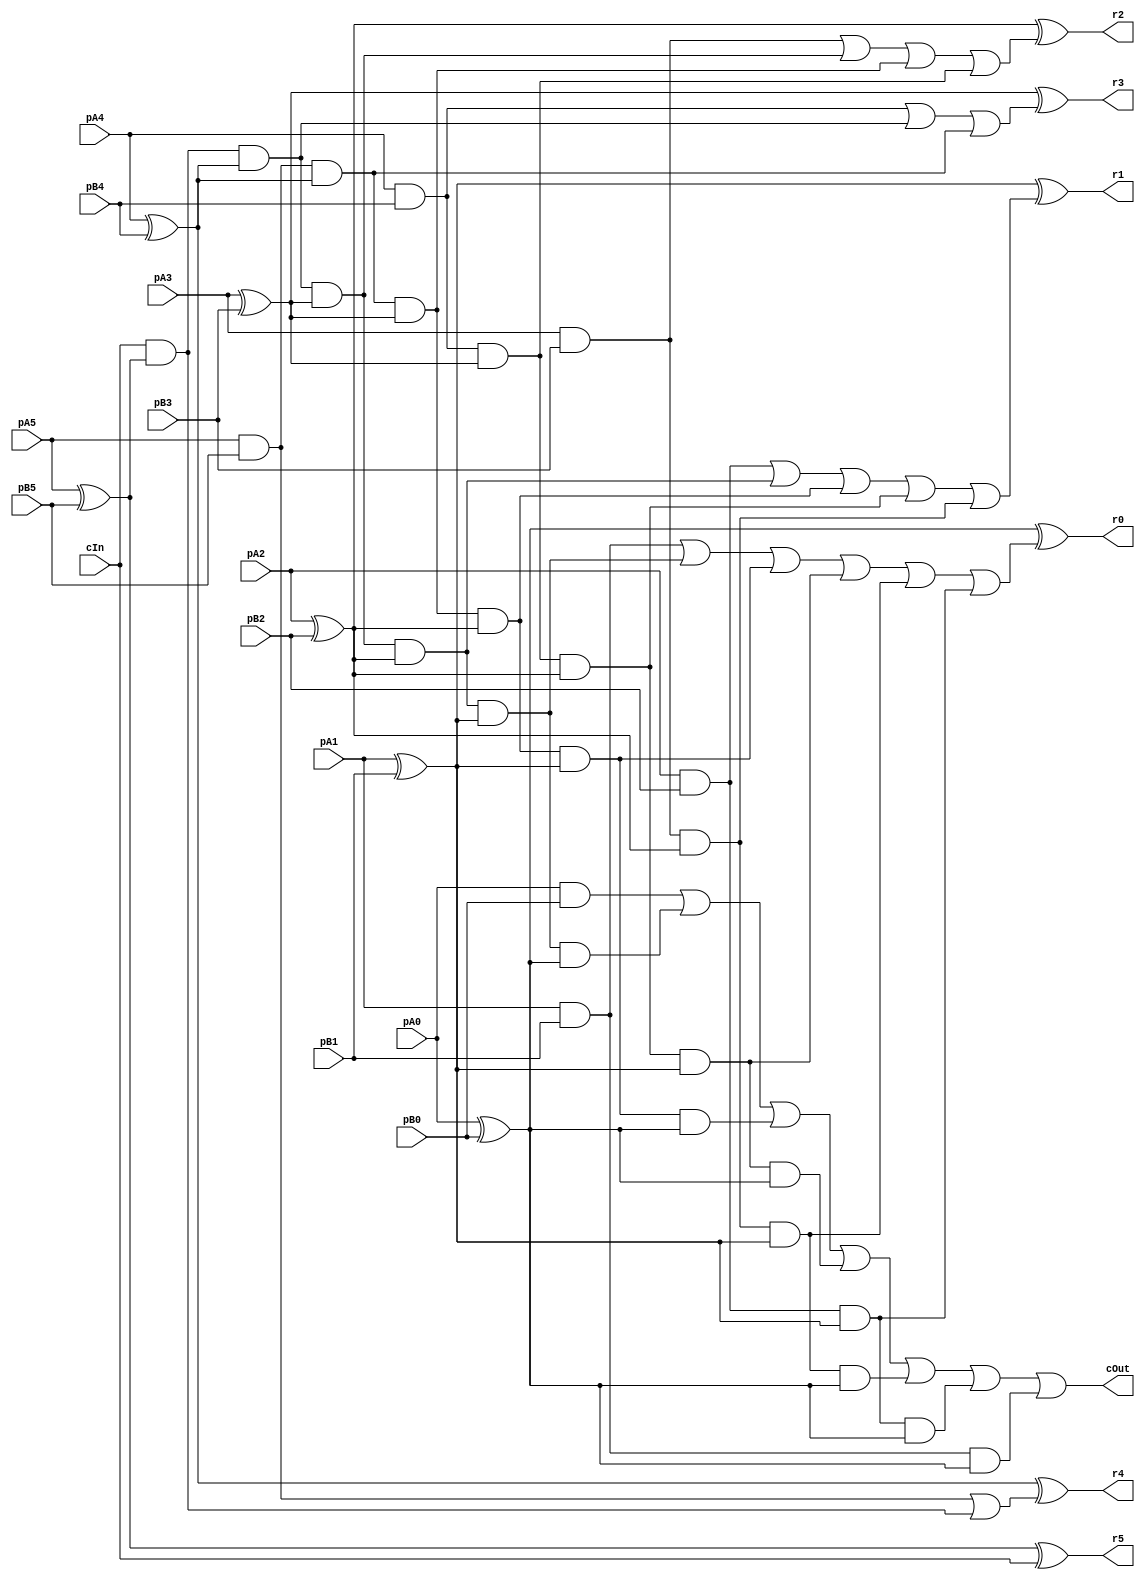
module CCarryLookahead_6_6_6_InOutT(pA5,pA4,pA3,pA2,pA1,pA0, pB5,pB4,pB3,pB2,pB1,pB0, r5,r4,r3,r2,r1,r0, cIn, cOut);

input pA5,pA4,pA3,pA2,pA1,pA0, pB5,pB4,pB3,pB2,pB1,pB0, cIn;
output r5,r4,r3,r2,r1,r0, cOut;
wire w1, w2, w3, w4, w5, w6, w7, w8, w9, w10, w11, w12, w13, w14, w15, w16, w17, w18, w19, w20, w21, w22, w23, w24, w25, w26, w27, w28, w29, w30, w31, w32, w33, w34, w35, w36, w37, w38, w39, w40, w41, w42, w43, w44, w45, w46, w47, w48, w49, w50, w51, w52, w53, w54, w55, w56, w57, w58, w59, w60, r4294967295;

assign w1 = pA5;
assign w2 = pA4;
assign w3 = pA3;
assign w4 = pA2;
assign w5 = pA1;
assign w6 = pA0;
assign w7 = pB5;
assign w8 = pB4;
assign w9 = pB3;
assign w10 = pB2;
assign w11 = pB1;
assign w12 = pB0;
assign r5 = w13;
assign r4 = w14;
assign r3 = w15;
assign r2 = w16;
assign r1 = w17;
assign r0 = w18;
assign r4294967295 = w19;
assign w20 = cIn;
assign cOut = w19;

assign w22 = w1 ^ w7;
assign w28 = w1 & w7;
assign w23 = w2 ^ w8;
assign w29 = w2 & w8;
assign w24 = w3 ^ w9;
assign w30 = w3 & w9;
assign w25 = w4 ^ w10;
assign w31 = w4 & w10;
assign w26 = w5 ^ w11;
assign w32 = w5 & w11;
assign w27 = w6 ^ w12;
assign w33 = w6 & w12;
assign w40 = w20 & w22;
assign w41 = w20 & w22 & w23;
assign w42 = w28 & w23;
assign w43 = w20 & w22 & w23 & w24;
assign w44 = w28 & w23 & w24;
assign w45 = w29 & w24;
assign w46 = w20 & w22 & w23 & w24 & w25;
assign w47 = w28 & w23 & w24 & w25;
assign w48 = w29 & w24 & w25;
assign w49 = w30 & w25;
assign w50 = w20 & w22 & w23 & w24 & w25 & w26;
assign w51 = w28 & w23 & w24 & w25 & w26;
assign w52 = w29 & w24 & w25 & w26;
assign w53 = w30 & w25 & w26;
assign w54 = w31 & w26;
assign w55 = w20 & w22 & w23 & w24 & w25 & w26 & w27;
assign w56 = w28 & w23 & w24 & w25 & w26 & w27;
assign w57 = w29 & w24 & w25 & w26 & w27;
assign w58 = w30 & w25 & w26 & w27;
assign w59 = w31 & w26 & w27;
assign w60 = w32 & w27;
assign w34 = w28 | w40;
assign w35 = w29 | w41 | w42;
assign w36 = w30 | w43 | w44 | w45;
assign w37 = w31 | w46 | w47 | w48 | w49;
assign w38 = w32 | w50 | w51 | w52 | w53 | w54;
assign w39 = w33 | w55 | w56 | w57 | w58 | w59 | w60;
assign w13 = w22 ^ w20;
assign w14 = w23 ^ w34;
assign w15 = w24 ^ w35;
assign w16 = w25 ^ w36;
assign w17 = w26 ^ w37;
assign w18 = w27 ^ w38;
assign w19 = w39;

endmodule